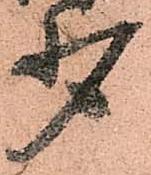
少